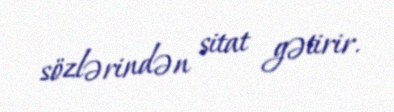
sözlərindən sitat gətirir.